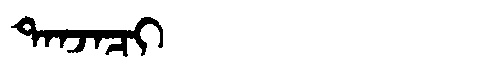
Manchu: ᡨᠠᠨᠵᠠᠴᡳ
Romanization: TANJACI